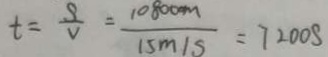
t = \frac { S } { V } = \frac { 1 0 8 0 0 m } { 1 5 m / s } = 7 2 0 0 S